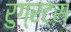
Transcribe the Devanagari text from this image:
रुग्रट्स